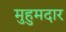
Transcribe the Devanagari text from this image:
मुहुमदार